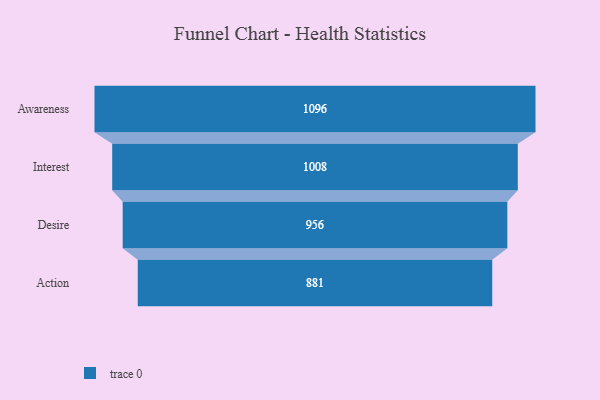
{"axis": {"x": "Stage", "y": "Value"}, "legend": [""], "data": [{"x": "Awareness", "y": 1096.0, "type": ""}, {"x": "Interest", "y": 1008.0, "type": ""}, {"x": "Desire", "y": 956.0, "type": ""}, {"x": "Action", "y": 881.0, "type": ""}]}